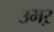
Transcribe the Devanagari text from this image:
उभऱ